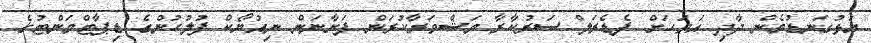
އަޅުގަނޑުމެން ދާދި އަވަހަށް ފެޑެރަލް ސަރުކާރާ މަޝްވަރާކުރަން ފަށާނަން ނިއުޔޯކް ފުލުހުންގެ ޑިޕާޓްމަންޓުގެ